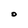
Character: O